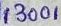
Text: 13001